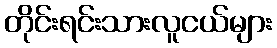
တိုင်းရင်းသားလူငယ်များ